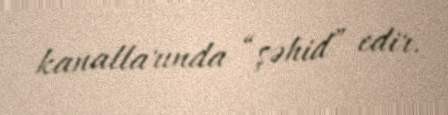
kanallarında “şəhid” edir.